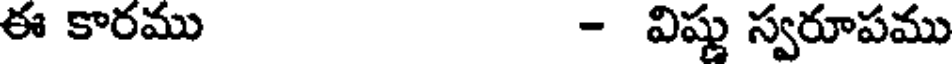
ఈ కారము - విషు స్వరూపము